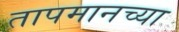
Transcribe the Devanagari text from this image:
तापमानच्या